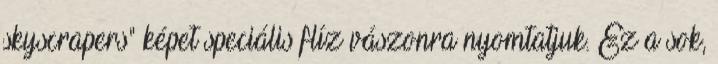
skyscrapers" képet speciális flíz vászonra nyomtatjuk. Ez a sok,